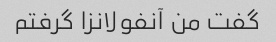
گفت من آنفولانزا گرفتم